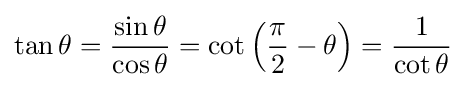
\tan \theta ={\frac {\sin \theta }{\cos \theta }}=\cot \left({\frac {\pi }{2}}-\theta \right)={\frac {1}{\cot \theta }}